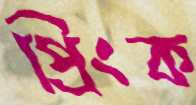
প্রিংক